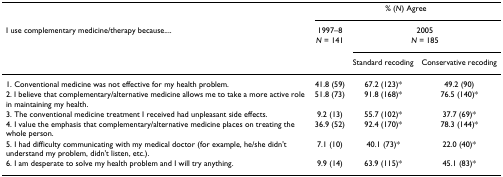
<table><thead><tr><td></td><td colspan="3"><b>% (<i>N</i>) Agree</b></td></tr><tr><td><b>I use complementary medicine/therapy because....</b></td><td><b>1997–8<i>N </i>= 141</b></td><td colspan="2"><b>2005<i>N </i>= 185</b></td></tr><tr><td></td><td></td><td><b>Standard recoding</b></td><td><b>Conservative recoding</b></td></tr></thead><tbody><tr><td>1. Conventional medicine was not effective for my health problem.</td><td>41.8 (59)</td><td>67.2 (123)*</td><td>49.2 (90)</td></tr><tr><td>2. I believe that complementary/alternative medicine allows me to take a more active role in maintaining my health.</td><td>51.8 (73)</td><td>91.8 (168)*</td><td>76.5 (140)*</td></tr><tr><td>3. The conventional medicine treatment I received had unpleasant side effects.</td><td>9.2 (13)</td><td>55.7 (102)*</td><td>37.7 (69)*</td></tr><tr><td>4. I value the emphasis that complementary/alternative medicine places on treating the whole person.</td><td>36.9 (52)</td><td>92.4 (170)*</td><td>78.3 (144)*</td></tr><tr><td>5. I had difficulty communicating with my medical doctor (for example, he/she didn&#x27;t understand my problem, didn&#x27;t listen, etc.).</td><td>7.1 (10)</td><td>40.1 (73)*</td><td>22.0 (40)*</td></tr><tr><td>6. I am desperate to solve my health problem and I will try anything.</td><td>9.9 (14)</td><td>63.9 (115)*</td><td>45.1 (83)*</td></tr></tbody></table>